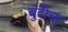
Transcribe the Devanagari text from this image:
बुंदीचा